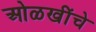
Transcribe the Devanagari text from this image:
ओळखींचे